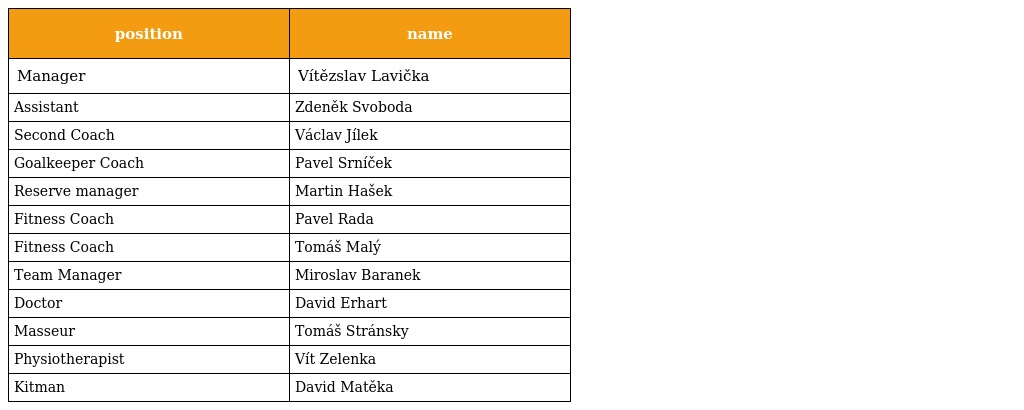
| position | name |
 | --- | --- |
 | Manager | Vítězslav Lavička |
 | Assistant | Zdeněk Svoboda |
 | Second Coach | Václav Jílek |
 | Goalkeeper Coach | Pavel Srníček |
 | Reserve manager | Martin Hašek |
 | Fitness Coach | Pavel Rada |
 | Fitness Coach | Tomáš Malý |
 | Team Manager | Miroslav Baranek |
 | Doctor | David Erhart |
 | Masseur | Tomáš Stránsky |
 | Physiotherapist | Vít Zelenka |
 | Kitman | David Matěka |